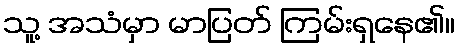
သူ့ အသံမှာ မာပြတ် ကြမ်းရှနေ၏။